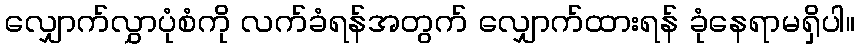
လျှောက်လွှာပုံစံကို လက်ခံရန်အတွက် လျှောက်ထားရန် ခုံနေရာမရှိပါ။